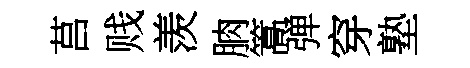
莒贱羡朒篙弹穿塾